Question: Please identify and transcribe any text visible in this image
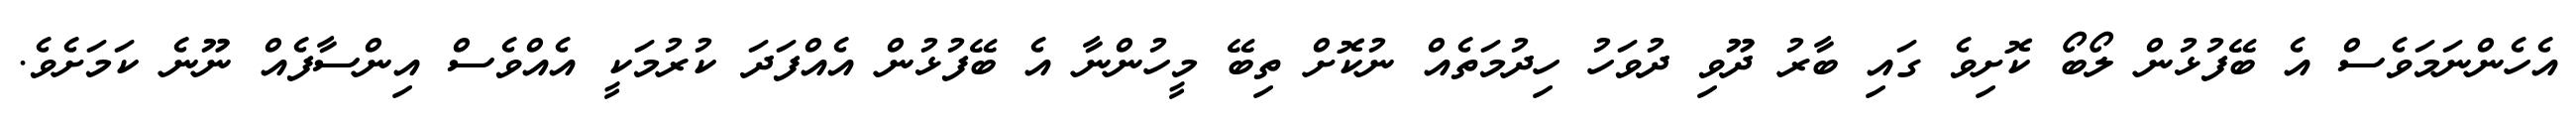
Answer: އެހެންނަމަވެސް އެ ބޭފުޅުން ލޯބޯ ކޮށިވެ ގައި ބާރު ދޫވި ދުވަހު ހިދުމަތެއް ނުކޮށް ތިބޭ މީހުންނާ އެ ބޭފުޅުން އެއްފަދަ ކުރުމަކީ އެއްވެސް އިންސާފެއް ނޫނެ ކަމަށެވެ.